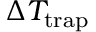
\Delta T _ { \mathrm { t r a p } }